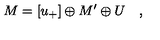
M = \left[ u _ { + } \right] \oplus M ^ { \prime } \oplus U \quad ,